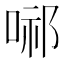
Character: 𭈢